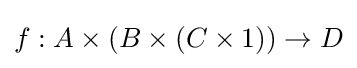
f:A\times (B\times (C\times 1))\to D